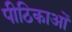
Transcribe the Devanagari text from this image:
पीठिकाओं